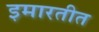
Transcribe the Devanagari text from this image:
इमारतीत